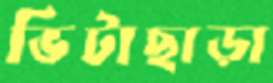
ভিটাছাড়া